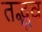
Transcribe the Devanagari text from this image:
तद्भूव